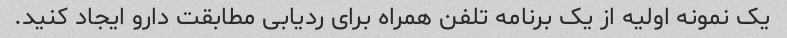
یک نمونه اولیه از یک برنامه تلفن همراه برای ردیابی مطابقت دارو ایجاد کنید.